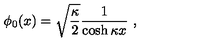
\phi _ { 0 } ( x ) = \sqrt { \frac { \kappa } { 2 } } \frac { 1 } { \cosh \kappa x } \ ,